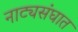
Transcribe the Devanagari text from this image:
नाट्यसंघात